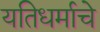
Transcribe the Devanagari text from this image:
यतिधर्माचे